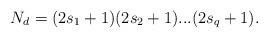
LaTeX: \begin{align*}N_d=(2s_1+1)(2s_2+1)...(2s_q+1).\end{align*}